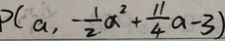
P ( a , - \frac { 1 } { 2 } a ^ { 2 } + \frac { 1 1 } { 4 } a - 3 )